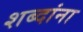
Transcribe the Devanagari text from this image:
शब्‍दांना